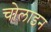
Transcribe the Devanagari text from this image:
चोलाइन